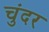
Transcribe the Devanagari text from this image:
चुंदर